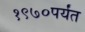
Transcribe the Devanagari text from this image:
१९७०पर्यंत